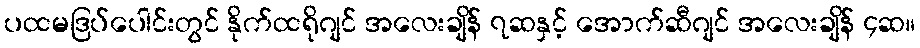
ပထမဒြပ်ပေါင်းတွင် နိုက်ထရိုဂျင် အလေးချိန် ၇ဆနှင့် အောက်ဆီဂျင် အလေးချိန် ၄ဆ။